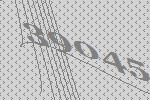
39045